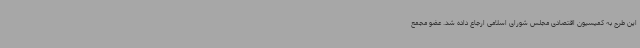
این طرح به کمیسیون اقتصادی مجلس شورای اسلامی ارجاع داده شد. عضو مجمع